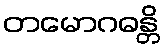
တမောဂဓန္တိ